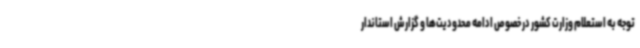
توجه به استعلام وزارت کشور در خصوص ادامه محدودیت‌ها و گزارش استاندار